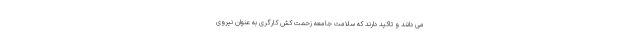
می دانند و تاکید دارند که سلامت جامعه زحمت کش کارگری به عنوان نیروی